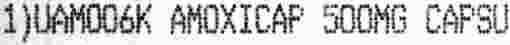
1)UAM006K AMOXICAP 500MG CAPSU